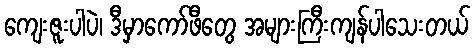
ကျေးဇူးပါပဲ၊ ဒီမှာကော်ဖီတွေ အများကြီးကျန်ပါသေးတယ်